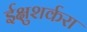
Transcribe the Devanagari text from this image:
ईक्षुशर्करा